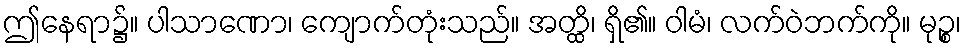
ဤနေရာ၌။ ပါသာဏော၊ ကျောက်တုံးသည်။ အတ္ထိ၊ ရှိ၏။ ဝါမံ၊ လက်ဝဲဘက်ကို။ မုဉ္စ၊